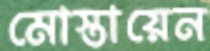
মোস্তায়েন